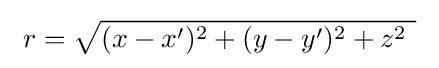
\ r={\sqrt {(x-x')^{2}+(y-y')^{2}+z^{2}\ }}\